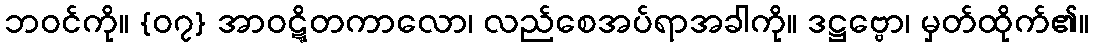
ဘဝင်ကို။ {၀၇} အာဝဋ္ဋိတကာလော၊ လည်စေအပ်ရာအခါကို။ ဒဋ္ဌဗ္ဗော၊ မှတ်ထိုက်၏။